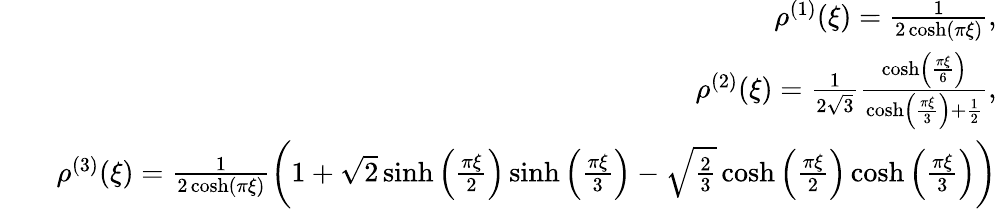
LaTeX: \begin{array}{rlr}&{}&{\rho^{(1)}(\xi)=\frac{1}{2\cosh(\pi\xi)},}\\ &{}&{\rho^{(2)}(\xi)=\frac{1}{2\sqrt{3}}\frac{\cosh\left(\frac{\pi\xi}{6}\right)}{\cosh\left(\frac{\pi\xi}{3}\right)+\frac{1}{2}},}\\ &{}&{\rho^{(3)}(\xi)=\frac{1}{2\cosh(\pi\xi)}\left(1+\sqrt{2}\sinh\left(\frac{\pi\xi}{2}\right)\sinh\left(\frac{\pi\xi}{3}\right)-\sqrt{\frac{2}{3}}\cosh\left(\frac{\pi\xi}{2}\right)\cosh\left(\frac{\pi\xi}{3}\right)\right)}\end{array}